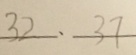
3 2 . 3 7